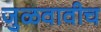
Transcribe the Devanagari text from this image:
जुळवावीच